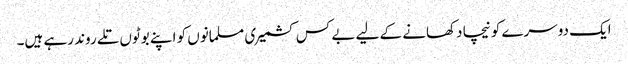
ایک دوسرے کو نیچا دکھانے کے لیے بے کس کشمیری مسلمانوں کو اپنے بوٹوں تلے روند رہے ہیں۔